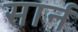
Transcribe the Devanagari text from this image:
सार्न